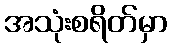
အသုံးစရိတ်မှာ